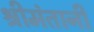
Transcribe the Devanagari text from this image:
श्रीमंतानी